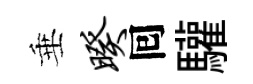
垂暌囘驩